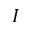
I